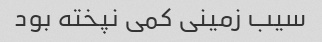
سیب زمینی کمی نپخته بود